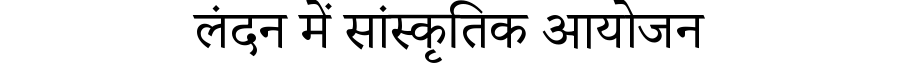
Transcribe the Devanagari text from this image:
लंदन में सांस्कृतिक आयोजन